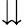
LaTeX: \downdownarrows